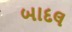
બાદલ